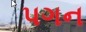
પગન